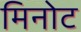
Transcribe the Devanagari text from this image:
मिनोट